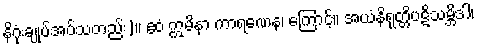
နိဂုံးချုပ်အပ်သတည်း)။ ဧဝံ ဣမိနာ ကာရဏေန၊ ကြောင့်။ အယံနိရုတ္တိပဋိသမ္ဘိဒါ၊